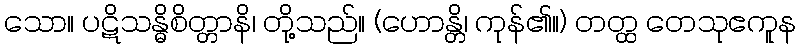
သော။ ပဋိသန္ဓိစိတ္တာနိ၊ တို့သည်။ (ဟောန္တိ၊ ကုန်၏။) တတ္ထ တေသုဧကူန